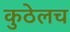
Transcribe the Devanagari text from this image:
कुठेलच